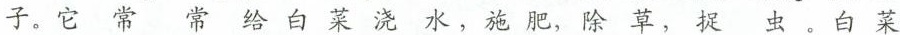
子。它常常给白菜浇水，施肥，除草，捉虫。白菜